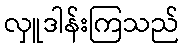
လှူဒါန်းကြသည်